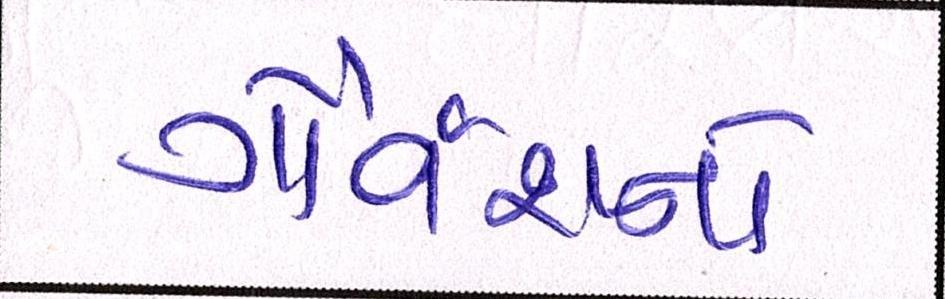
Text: ગૌવંશનો